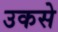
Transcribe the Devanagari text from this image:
उकसे